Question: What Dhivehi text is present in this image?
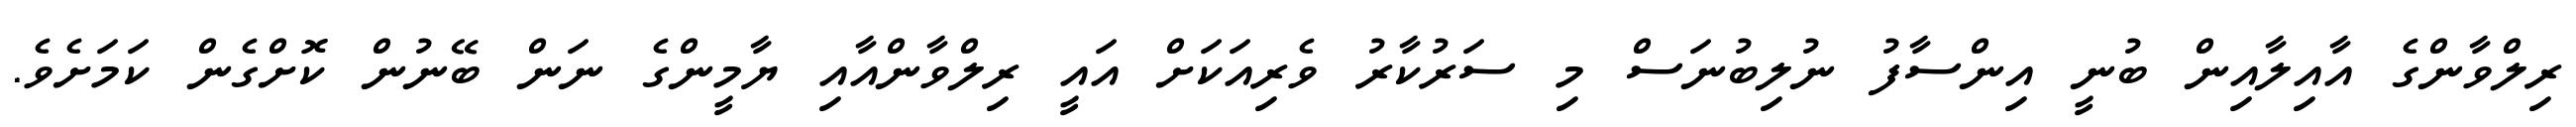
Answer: ރިލްވާންގެ އާއިލާއިން ބުނީ އިންސާފު ނުލިބުނަސް މި ސަރުކާރު ވެރިއަކަށް އައީ ރިލްވާންއާއި ޔާމީންގެ ނަން ބޭނުން ކޮށްގެން ކަމަށެވެ.